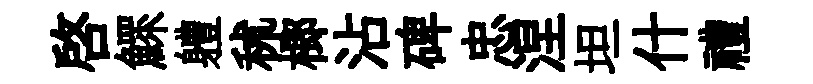
啓鰥軆秫榔沾碑忠涅坦什禮